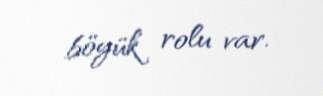
böyük rolu var.